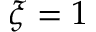
\xi = 1